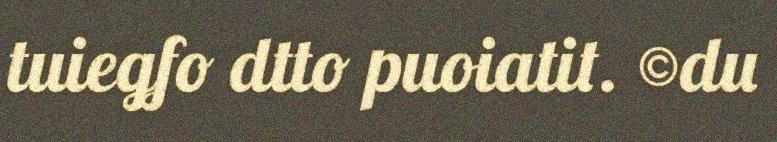
tuiegfo dtto puoiatit. ©du